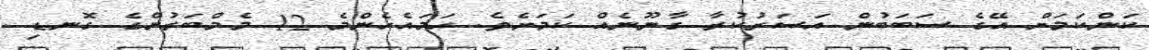
ކަންކަމަށް އޭގެ ސަބަބުން އަސަރުކުރާ ގާނޫނެއް ކަމަށެވެ. ހަމައެހެންމެ 12 މެމްބަރުންގެ ގޮނޑި